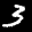
Label: 3